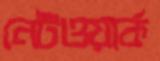
নেটওয়ার্ক